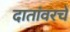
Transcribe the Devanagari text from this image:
दातांवरचे